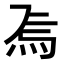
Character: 𭴚